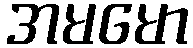
အမမော